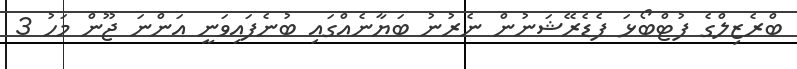
ބްރެޒިލްގެ ފުޓްބޯޅަ ފެޑެރޭޝަނުން ނެރުނު ބަޔާނެއްގައި ބުނެފައިވަނީ އަންނަ ޖޫން މަހު 3